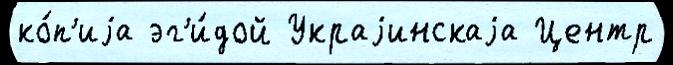
ко́п'иjа эг'и́дой Украjинскаjа Центр